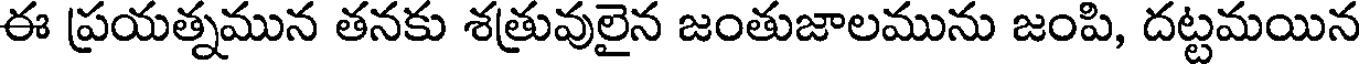
ఈ ప్రయత్నమున తనకు శత్రువులైన జంతుజాలమును జంపి, దట్టమయిన